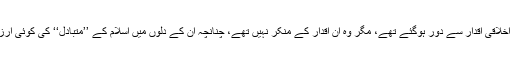
مسلمان اسلام کی اخلاقی اقدار سے دور ہوگئے تھے، مگر وہ ان اقدار کے منکر نہیں تھے، چنانچہ ان کے دلوں میں اسلام کے ’’متبادل‘‘ کی کوئی آرزو موجود نہ تھی۔